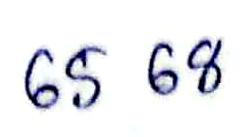
65 68